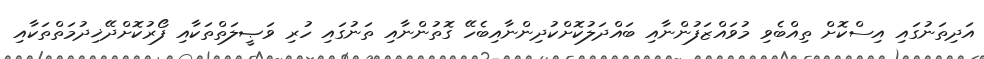
އަދިތަނުގައި އިސްކޮށް ތިއްބެވި މުވައްޒަފުންނާއި ބައްދަލުކޮށްކުދިންނާއިބެހޭ ގޮތުންނާއި ތަނުގައި ހުރި ވަޞީލަތްތަކާއި ފޯރުކޮށްދޭޚިދުމަތްތަކާއި